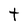
Character: t